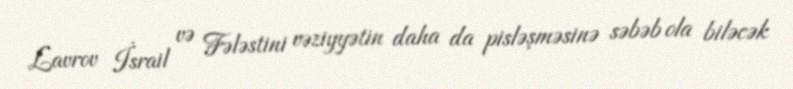
Lavrov İsrail və Fələstini vəziyyətin daha da pisləşməsinə səbəb ola biləcək